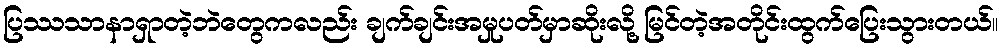
ပြဿသာနာရှာတဲ့ဘဲတွေကလည်း ချက်ချင်းအမှုပတ်မှာဆိုးလို့ မြင်တဲ့အတိုင်းထွက်ပြေးသွားတယ်။